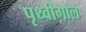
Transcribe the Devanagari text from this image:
पृथ्वीगोल